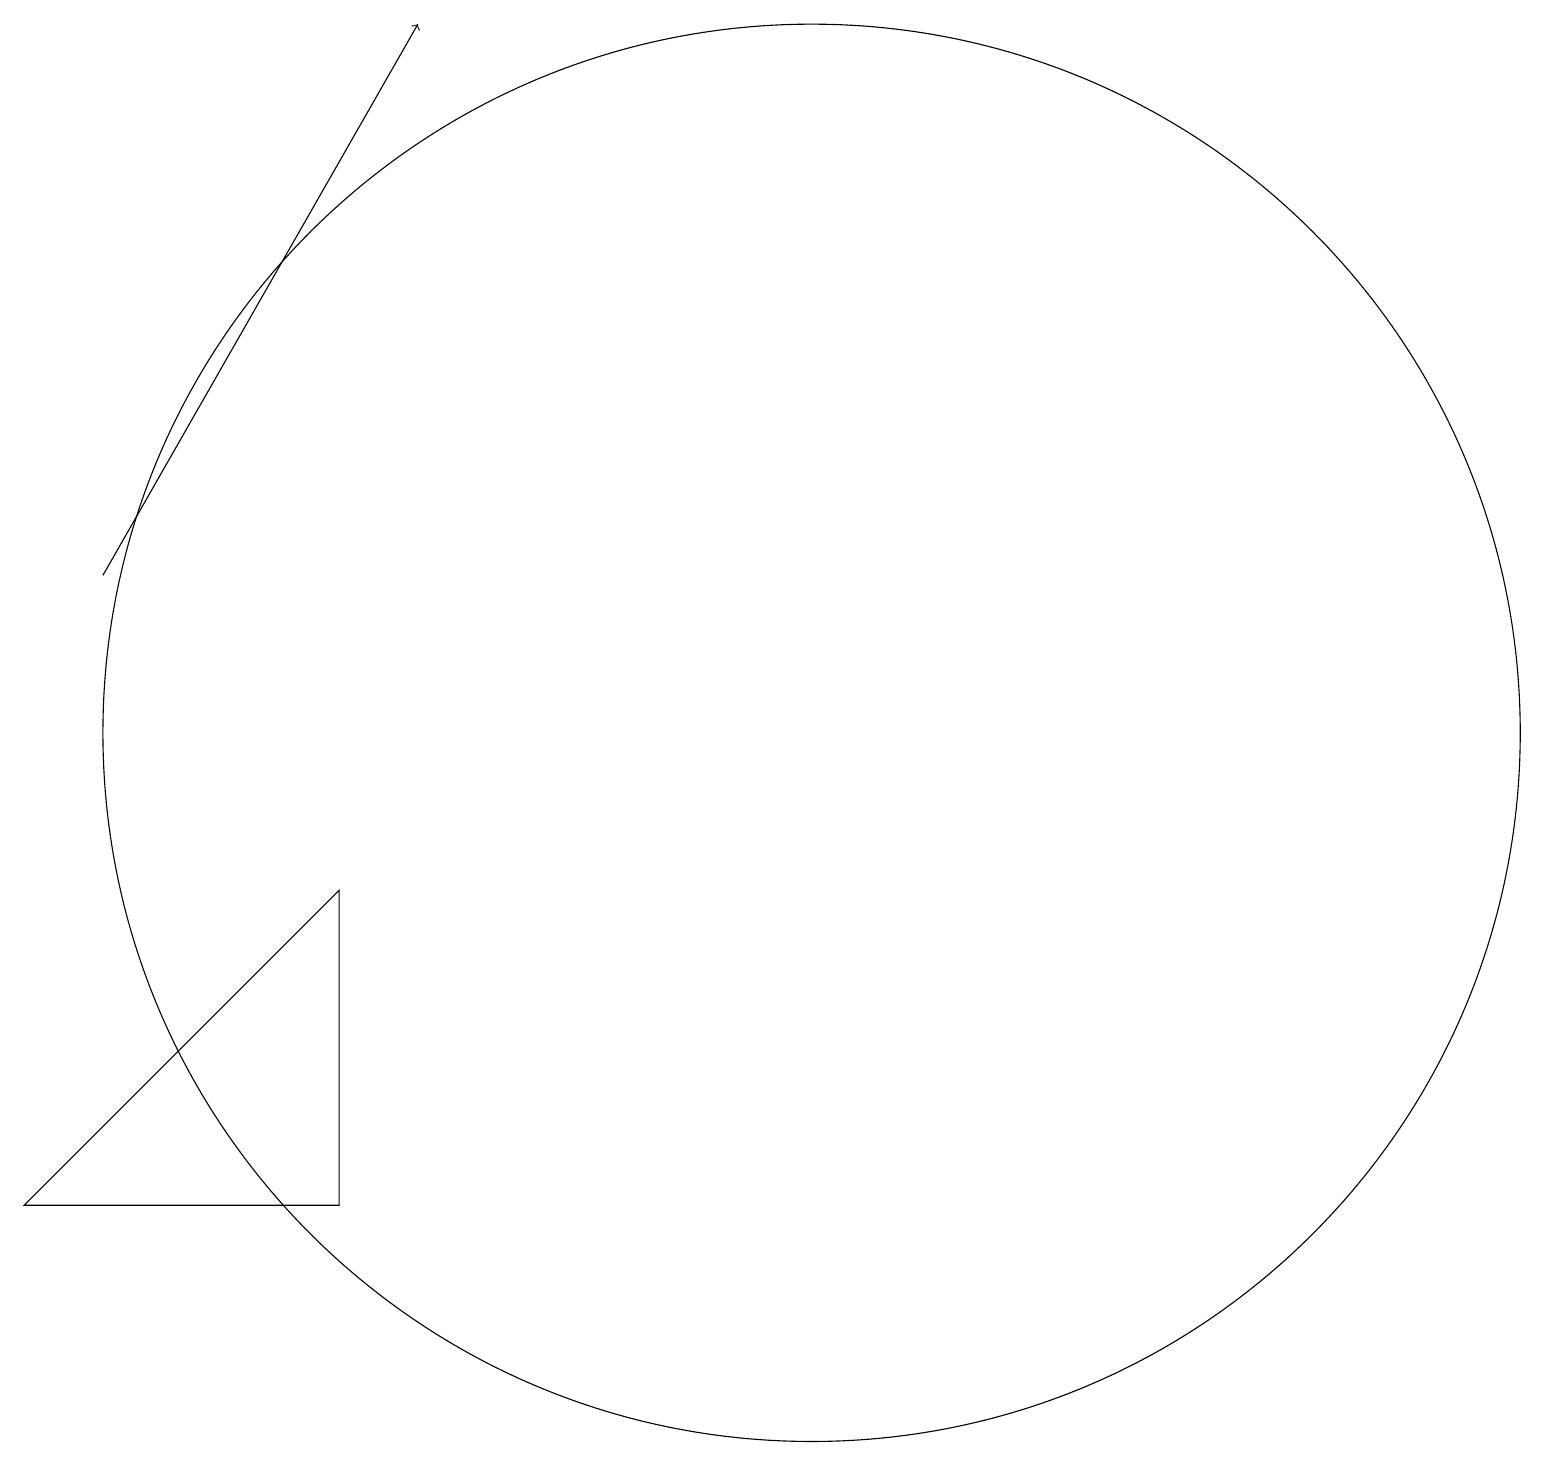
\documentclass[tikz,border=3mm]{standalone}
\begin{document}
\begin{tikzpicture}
\draw (5,4) -- (5,8) -- (1,4) -- cycle;
\draw (11,10) circle (9);
\draw[->] (2,12) -- (6,19);
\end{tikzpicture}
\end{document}